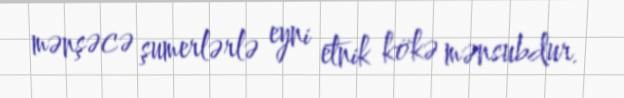
mənşəcə şumerlərlə eyni etnik kökə mənsubdur.